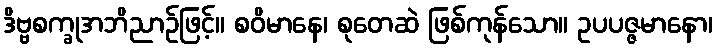
ဒိဗ္ဗစက္ခုအဘိညာဉ်ဖြင့်။ စဝိမာနေ၊ စုတေဆဲ ဖြစ်ကုန်သော။ ဥပပဇ္ဇမာနော၊